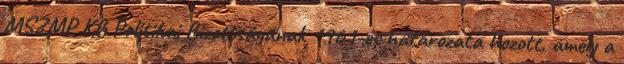
MSZMP KB Politikai Bizottságának 1961-es határozata hozott, amely a